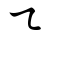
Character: ㇍